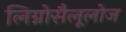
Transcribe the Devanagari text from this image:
लिग्नोसैलूलोज